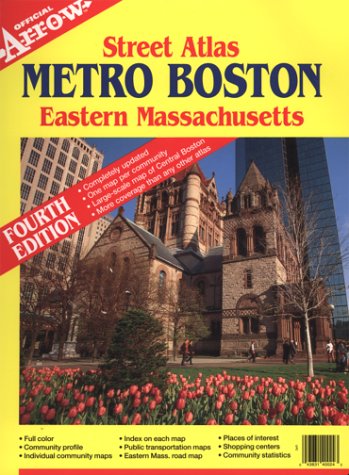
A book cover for Metro Boston Eastern Massachusetts Street Atlas (Metro Boston Eastern Massachusetts Street Atlas, 4th Ed) (Official Arrow Street Atlas); Arrow Map; Travel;